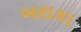
બરાકા